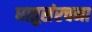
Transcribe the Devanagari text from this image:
धातुसंरचना